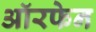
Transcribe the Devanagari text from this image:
ऑरफेन